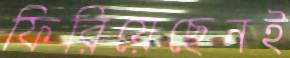
ফিরিয়েছেনই